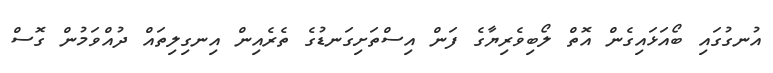
އުނގުގައި ބޯއަޅައިގެން އޮތް ލޯބިވެރިޔާގެ ފަން އިސްތަށިގަނޑުގެ ތެރެއިން އިނގިލިތައް ދުއްވަމުން ގޮސް